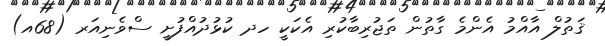
ޤަތުލް އާއްމު އެންމެ ގާތުން ތަޖުރިިބާކުރި އެކަކީ ހދ ކުޅުދުއްފުށީ ސްވެނިއަރ (68އ)